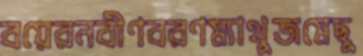
বয়েরনবীণবরণম্যাথুজমেছু